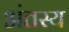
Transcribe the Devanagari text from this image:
अंतस्य